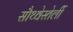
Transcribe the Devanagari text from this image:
सौथ्वेस्तेर्ली